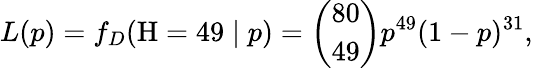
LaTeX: L(p)=f_{D}(\mathrm{H}=49\mid p)={\binom{80}{49}}p^{49}(1-p)^{31},